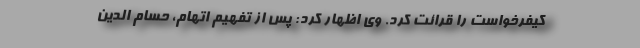
کیفرخواست را قرائت کرد. وی اظهار کرد: پس از تفهیم اتهام، حسام الدین